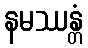
နမဿန္တံ